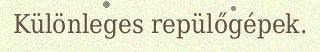
Különleges repülőgépek.